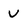
Character: V